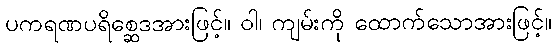
ပကရဏပရိစ္ဆေဒအားဖြင့်။ ဝါ၊ ကျမ်းကို ထောက်သောအားဖြင့်။